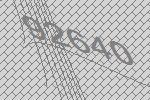
92640